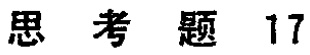
思考题 17